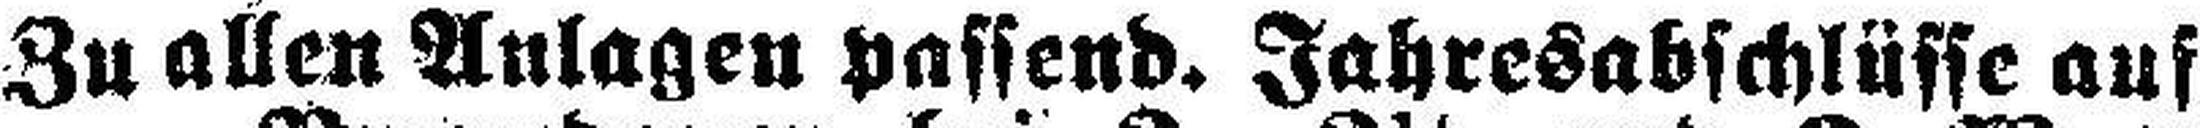
Zu allen Anlagen passend. Jahresabschlüsse auf